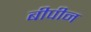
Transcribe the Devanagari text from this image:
बीपीन